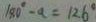
1 8 0 ^ { \circ } - a = 1 2 6 ^ { \circ }